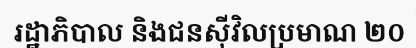
រដ្ឋាភិបាល និងជនស៊ីវិលប្រមាណ ២០